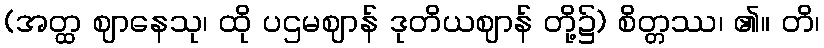
(အတ္ထ ဈာနေသု၊ ထို ပဌမဈာန် ဒုတိယဈာန် တို့၌) စိတ္တဿ၊ ၏။ တိ၊